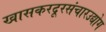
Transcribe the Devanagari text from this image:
खासकरदूरसंचारउद्योग